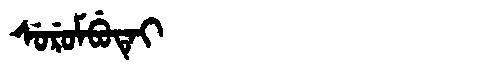
Manchu: ᠰᡠᡵᡠᠮᠪᡠᡨᡝᡳ
Romanization: SURUMBUTEI